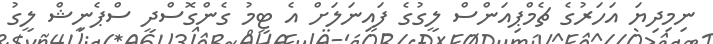
ނިމިދިޔަ އަހަރުގެ ޗެމްޕިއަންސް ލީގުގެ ފައިނަލަށް އެ ޓީމު ގެންގޮސްދީ ސްޕެނިޝް ލީގު